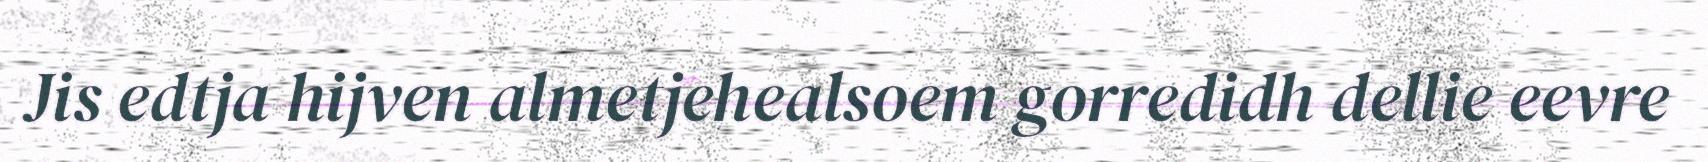
Jis edtja hijven almetjehealsoem gorredidh dellie eevre